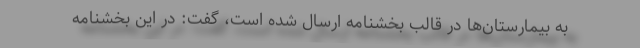
به بیمارستان‌ها در قالب بخشنامه ارسال شده است، گفت: در این بخشنامه